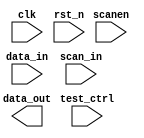
// This program was cloned from: https://github.com/intel/aib-phy-hardware
// License: Apache License 2.0

// SPDX-License-Identifier: Apache-2.0
// Copyright (C) 2019 Intel Corporation. All rights reserved
//****************************************************************************************
//  2011 Altera Corporation. All rights reserved.
//
//****************************************************************************************

//------------------------------------------------------------------------
// Description: 28-nm standard cell harden FF synchronizer
//
// Note on RESET_VAL:
// if a "set" or "reset" type synchronizer should be used. If RESET_VAL evaluates
// to zero, a reset type synchronizer is chosen. All other values of RESET_VAL
// will lead to a set type synchronizer
//
// when multi-bit crossing is required (note: async handshake macros are also available and is
// usually recommended for multi-bit CDC - ensure your use case is fine with double-synchronizers
// if you choose this macro)
//
// However, choosing this method excludes 1 use case: There's is no mechanism to choose individual
// reset value for each bit of a multi-bit signal through this macro. e.g: RESET_VAL == 3'b101 is
// not supported. It is assumed that this use case is not required for users of this macro
//
//------------------------------------------------------------------------

module altr_hps_interface_register
    (
    input  wire              clk,       // clock
    input  wire              rst_n,     // async reset
    input  wire              test_ctrl, // test control
    input  wire              scanen,    // scan enable
    input  wire              data_in,   // data in
    input  wire              scan_in,   // scan in
    output wire              data_out   // data out
     );

`ifdef ALTR_HPS_INTEL_MACROS_OFF

    reg   dff1;
    wire  muxsel;

   assign  muxsel = scanen | test_ctrl;

   
   always @(posedge clk or negedge rst_n)
   begin
      if (!rst_n)
         dff1     <= 1'b0;
      else
         dff1 <= muxsel ? scan_in : data_in;
   end
  assign data_out = dff1;

`else


`endif

endmodule // altr_hps_interface_register